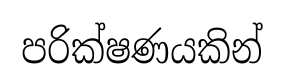
පරික්ෂණයකින්